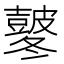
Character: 𭽸